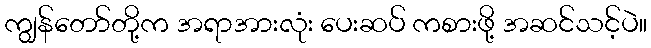
ကျွန်တော်တို့က အရာအားလုံး ပေးဆပ် ကစားဖို့ အဆင်သင့်ပဲ။